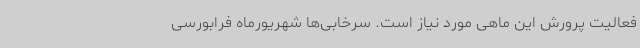
فعالیت پرورش این ماهی مورد نیاز است. سرخابی‌ها شهریورماه فرابورسی